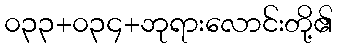
၀၃၃+၀၃၄+ဘုရားလောင်းတို့၏